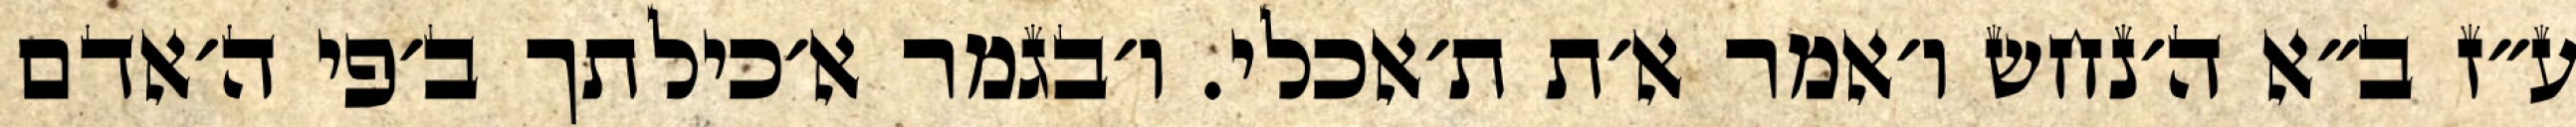
ע״ז ב״א ה׳נחש ו׳אמר א׳ת ת׳אכלי. ו׳בגמר א׳כילתך ב׳פי ה׳אדם